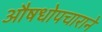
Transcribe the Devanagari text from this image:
औषधोपचाराने